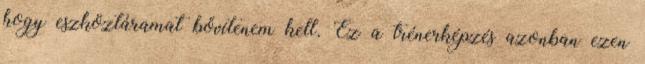
hogy eszköztáramat bővítenem kell. Ez a trénerképzés azonban ezen